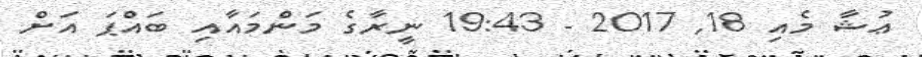
ޢުޝާ މެއި 18